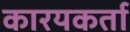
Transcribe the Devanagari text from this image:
कारयकर्ता